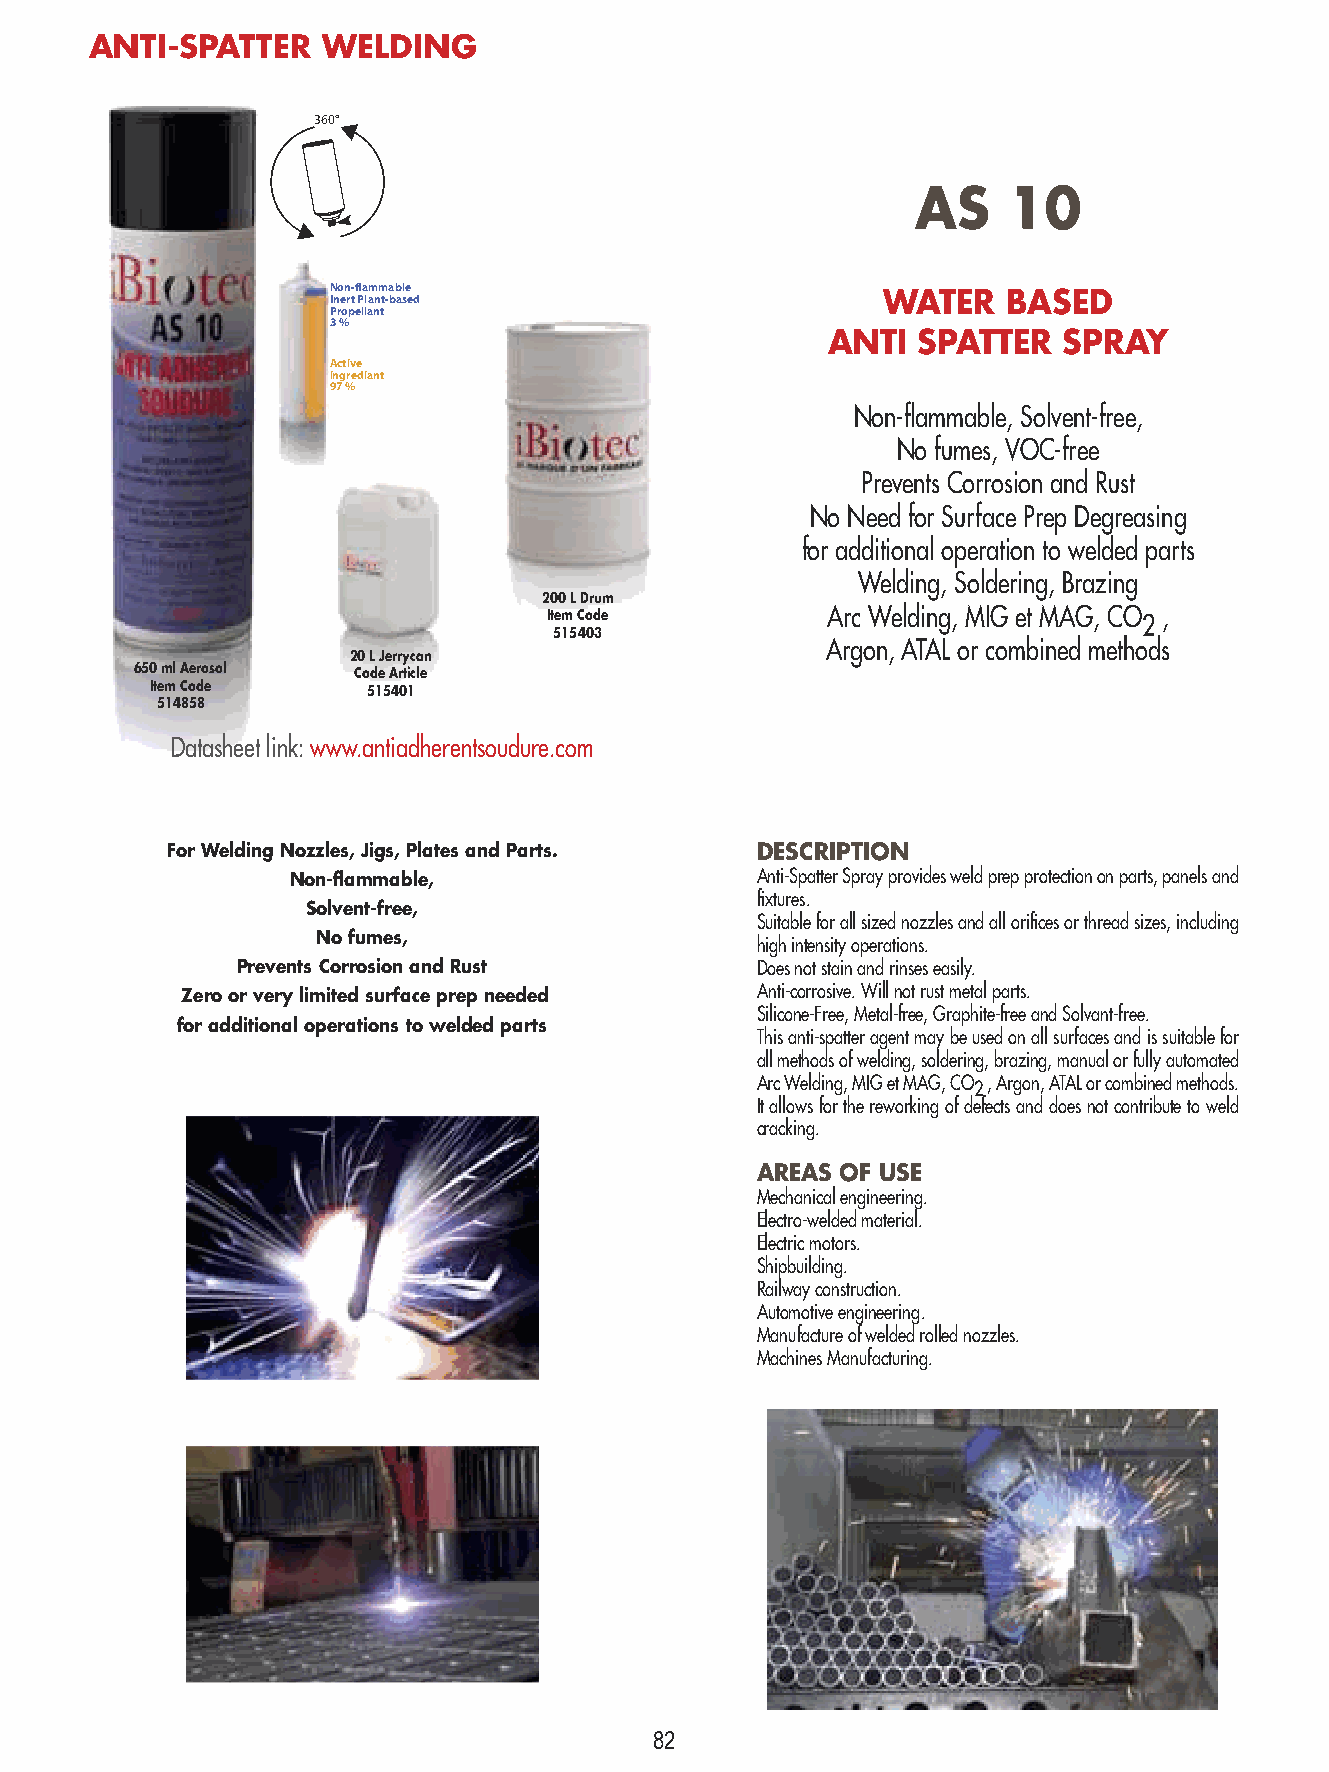
ANTI-SPATTER   WELDING
 360°
 AS    10
 Non-flammable
 Inert Plant-based                   WATER    BASED
 Propellant
 3 %
 ANTI  SPATTER  SPRAY
 Active
 ingrediant
 97 %
 Non-flammable, Solvent-free,
 No fumes, VOC-free
 Prevents Corrosion and Rust
 No Need for Surface Prep Degreasing
 for additional operation to welded parts
 Welding, Soldering, Brazing
 200 L Drum
 Item Code          Arc Welding, MIG et MAG, CO 2 ,
 515403
 Argon, ATAL or combined methods
 20 L Jerrycan
 650 ml Aerosol Code Article
 Item Code     515401
 514858
 Datasheet link: www.antiadherentsoudure.com
 For Welding Nozzles, Jigs, Plates and Parts. DESCRIPTION
 Non-flammable,                 Anti-Spatter Spray provides weld prep protection on parts, panels and
 fixtures.
 Solvent-free,
 Suitable for all sized nozzles and all orifices or thread sizes, including
 No fumes,
 high intensity operations.
 Prevents Corrosion and Rust       Does not stain and rinses easily.
 Zero or very limited surface prep needed Anti-corrosive. Will not rust metal parts.
 Silicone-Free, Metal-free, Graphite-free and Solvant-free.
 for additional operations to welded parts
 This anti-spatter agent may be used on all surfaces and is suitable for
 all methods of welding, soldering, brazing, manual or fully automated
 Arc Welding, MIG et MAG, CO , Argon, ATAL or combined methods.
 2
 It allows for the reworking of defects and does not contribute to weld
 cracking.
 AREAS OF USE
 Mechanical engineering.
 Electro-welded material.
 Electric motors.
 Shipbuilding.
 Railway construction.
 Automotive engineering.
 Manufacture of welded rolled nozzles.
 Machines Manufacturing.
 82